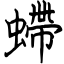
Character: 螮